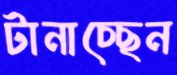
টানাচ্ছেন